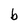
Character: b